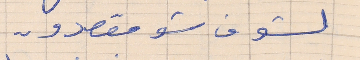
لشوف شو مقصدو . .